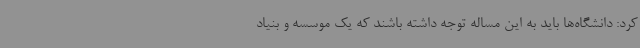
کرد: دانشگاه‌ها باید به این مساله توجه داشته باشند که یک موسسه و بنیاد